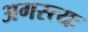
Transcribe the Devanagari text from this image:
अगस्त्यः